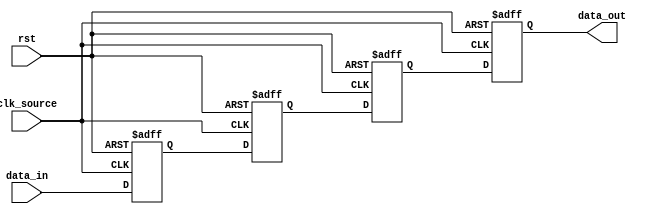
module cascade_synchronizer (
    input wire clk_source,
    input wire rst,
    input wire data_in,
    output reg data_out
);

reg [2:0] stages [0:3];

always @(posedge clk_source or posedge rst) begin
    if (rst) begin
        stages[0] <= 3'b0;
        stages[1] <= 3'b0;
        stages[2] <= 3'b0;
        stages[3] <= 3'b0;
    end else begin
        stages[0] <= data_in;
        stages[1] <= stages[0];
        stages[2] <= stages[1];
        stages[3] <= stages[2];
    end
end

assign data_out = stages[3];

endmodule